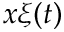
x \xi ( t )